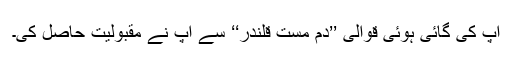
آپ کی گائی ہوئی قوالی ’’دم مست قلندر‘‘ سے آپ نے مقبولیت حاصل کی۔